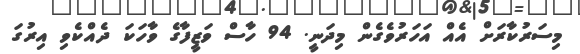
މިސަރުކާރަށް އެއް އަހަރުވެގެން މިދަނީ. 94 ހާސް ވަޒީފާގެ ވާހަކަ ދެއްކެވި އިރުގަ